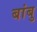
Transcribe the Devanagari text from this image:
बांबु